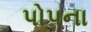
પોપના